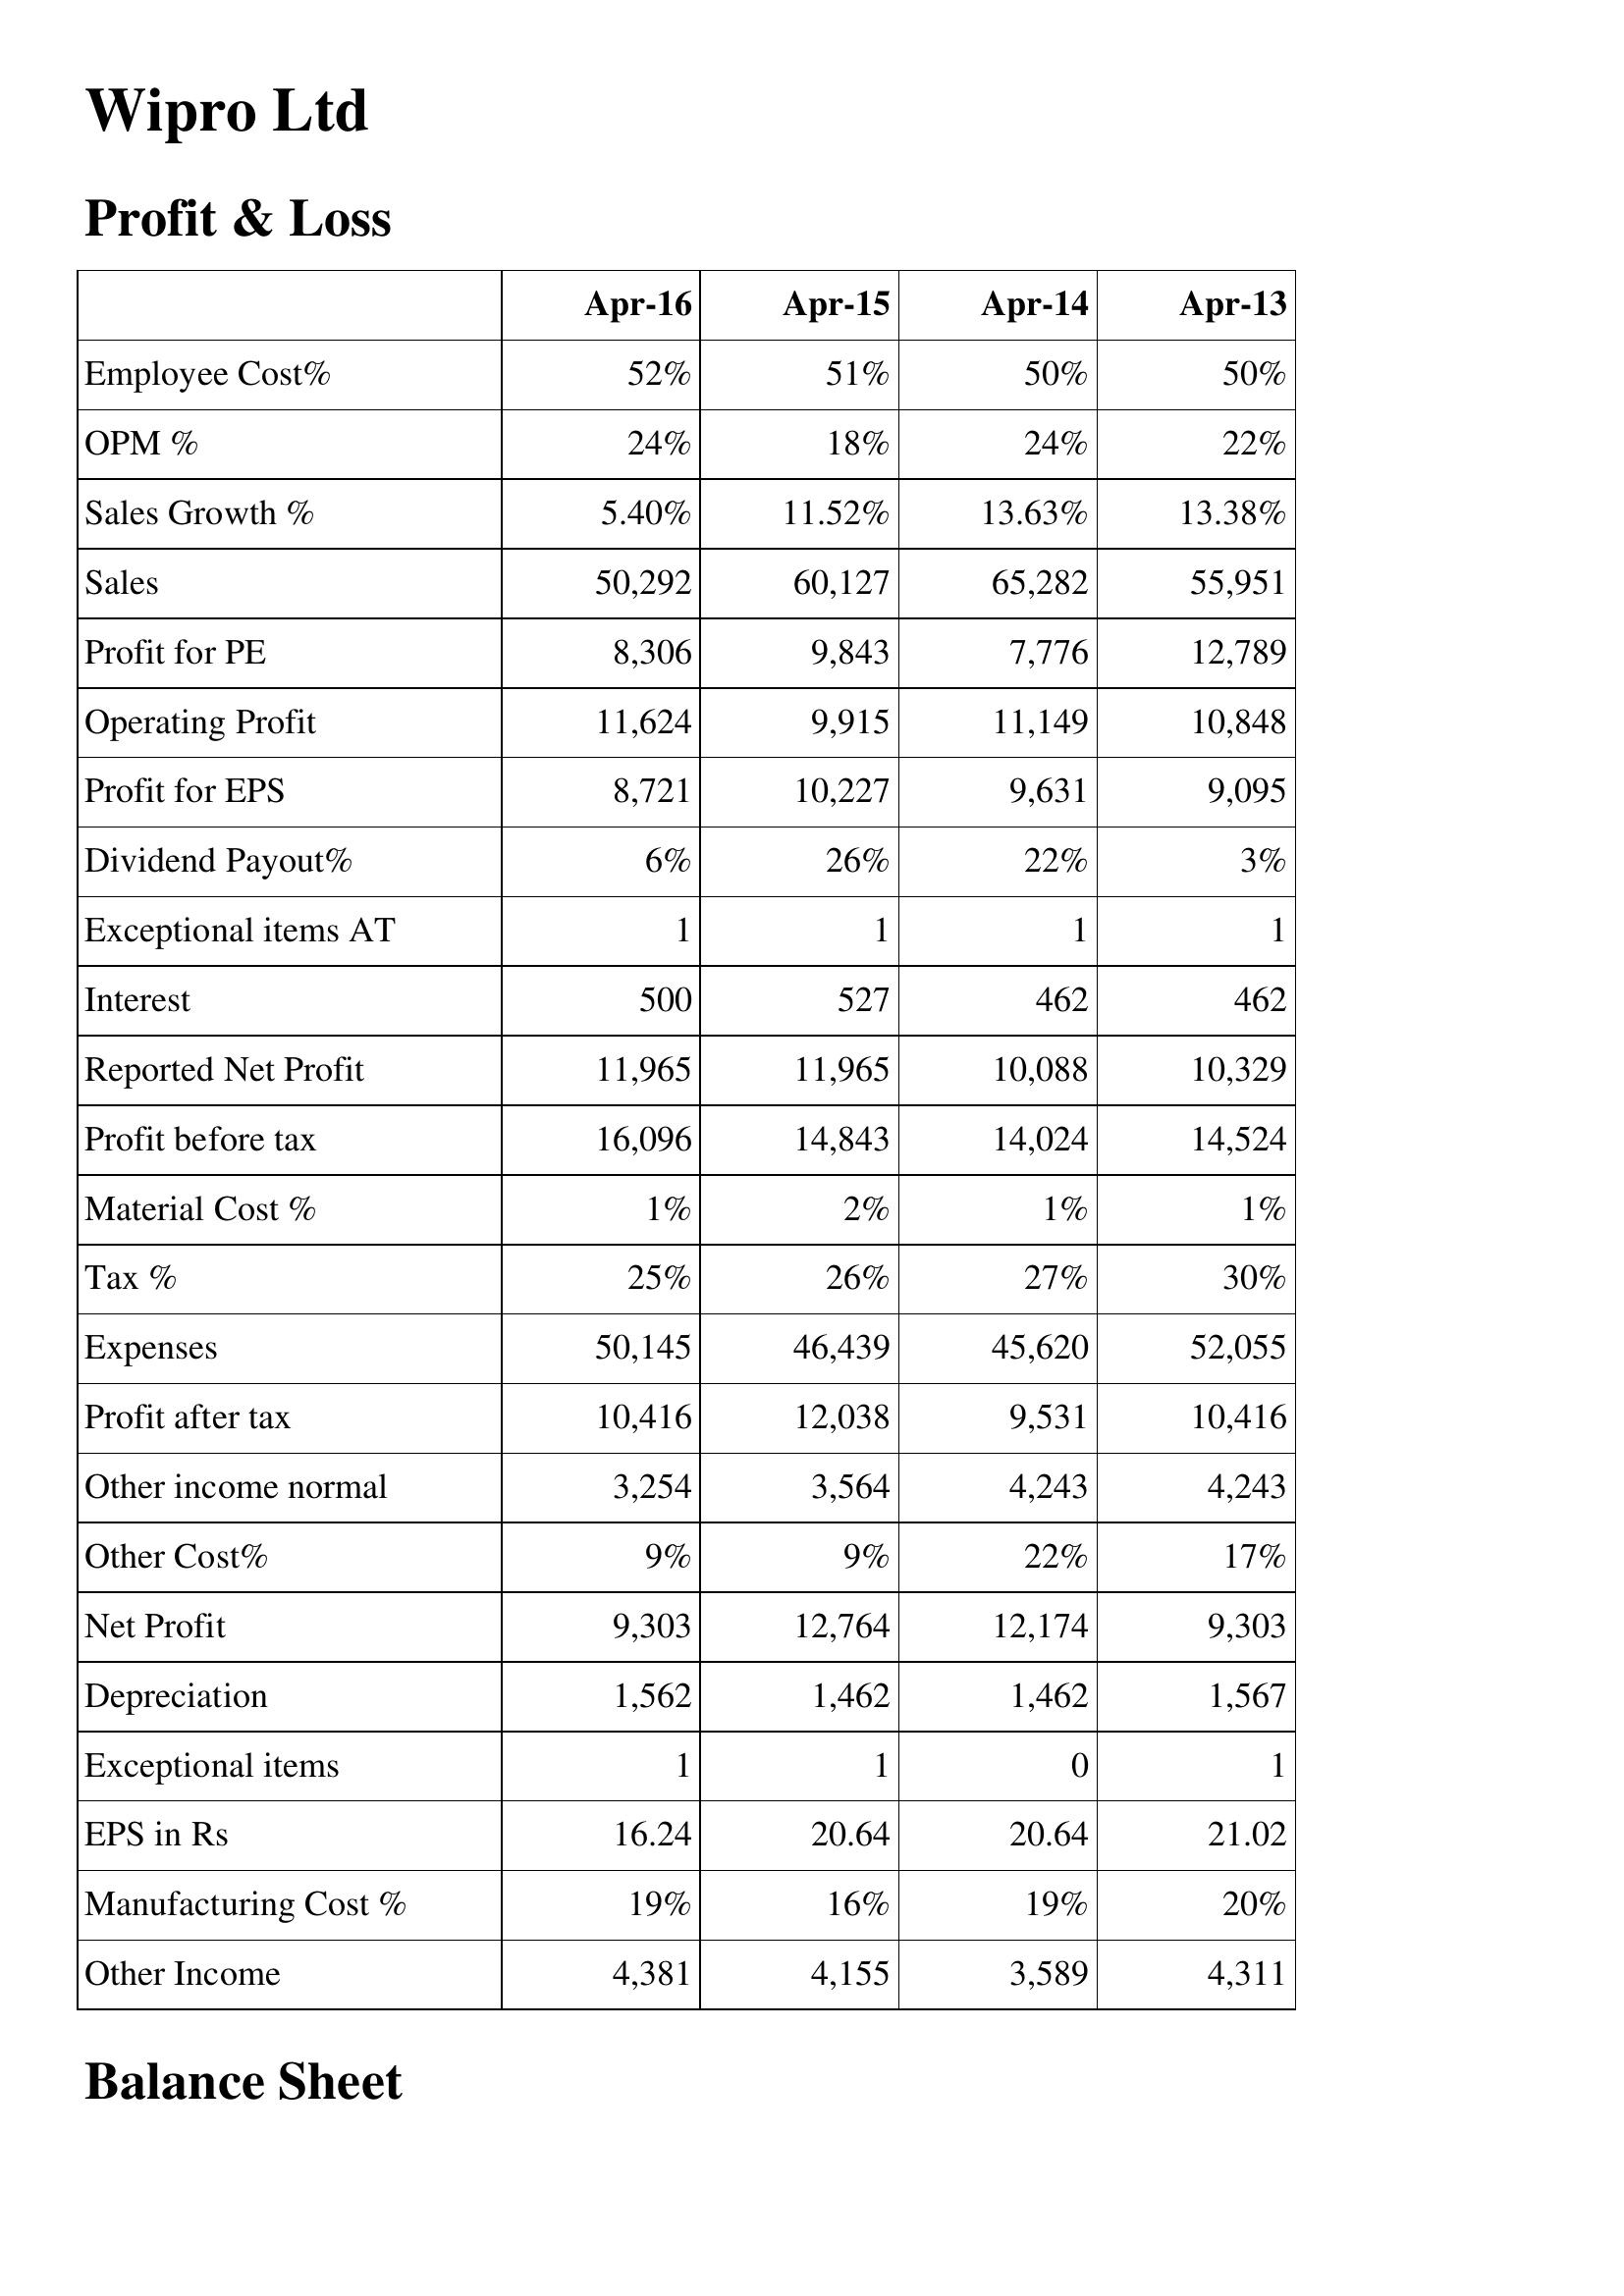
Apr-16: Profit & Loss: Employee Cost%: 52%
OPM %: 24%
Sales Growth %: 5.40%
Sales: 50,292
Profit for PE: 8,306
Operating Profit: 11,624
Profit for EPS: 8,721
Dividend Payout%: 6%
Exceptional items AT: 1
Interest: 500
Reported Net Profit: 11,965
Profit before tax: 16,096
Material Cost %: 1%
Tax %: 25%
Expenses: 50,145
Profit after tax: 10,416
Other income normal: 3,254
Other Cost%: 9%
Net Profit: 9,303
Depreciation: 1,562
Exceptional items: 1
EPS in Rs: 16.24
Manufacturing Cost %: 19%
Other Income: 4,381
Apr-15: Profit & Loss: Employee Cost%: 51%
OPM %: 18%
Sales Growth %: 11.52%
Sales: 60,127
Profit for PE: 9,843
Operating Profit: 9,915
Profit for EPS: 10,227
Dividend Payout%: 26%
Exceptional items AT: 1
Interest: 527
Reported Net Profit: 11,965
Profit before tax: 14,843
Material Cost %: 2%
Tax %: 26%
Expenses: 46,439
Profit after tax: 12,038
Other income normal: 3,564
Other Cost%: 9%
Net Profit: 12,764
Depreciation: 1,462
Exceptional items: 1
EPS in Rs: 20.64
Manufacturing Cost %: 16%
Other Income: 4,155
Apr-14: Profit & Loss: Employee Cost%: 50%
OPM %: 24%
Sales Growth %: 13.63%
Sales: 65,282
Profit for PE: 7,776
Operating Profit: 11,149
Profit for EPS: 9,631
Dividend Payout%: 22%
Exceptional items AT: 1
Interest: 462
Reported Net Profit: 10,088
Profit before tax: 14,024
Material Cost %: 1%
Tax %: 27%
Expenses: 45,620
Profit after tax: 9,531
Other income normal: 4,243
Other Cost%: 22%
Net Profit: 12,174
Depreciation: 1,462
Exceptional items: 0
EPS in Rs: 20.64
Manufacturing Cost %: 19%
Other Income: 3,589
Apr-13: Profit & Loss: Employee Cost%: 50%
OPM %: 22%
Sales Growth %: 13.38%
Sales: 55,951
Profit for PE: 12,789
Operating Profit: 10,848
Profit for EPS: 9,095
Dividend Payout%: 3%
Exceptional items AT: 1
Interest: 462
Reported Net Profit: 10,329
Profit before tax: 14,524
Material Cost %: 1%
Tax %: 30%
Expenses: 52,055
Profit after tax: 10,416
Other income normal: 4,243
Other Cost%: 17%
Net Profit: 9,303
Depreciation: 1,567
Exceptional items: 1
EPS in Rs: 21.02
Manufacturing Cost %: 20%
Other Income: 4,311